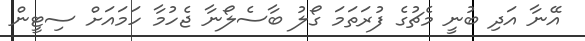
އޭނާ އަދި ބުނީ މެޗުގެ ފުރަތަމަ ގޯލު ބާސެލޯނާ ޖެހުމާ ހަމައަށް ސިޓީން